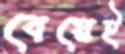
বেয়েই